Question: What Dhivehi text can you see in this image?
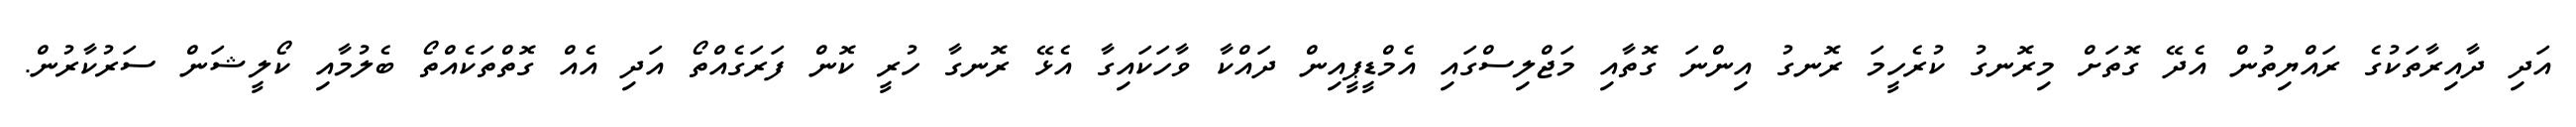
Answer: އަދި ދާއިރާތަކުގެ ރައްޔިތުން އެދޭ ގޮތަށް މިރޮނގު ކުރެހީމަ ރޮނގު އިންނަ ގޮތާއި މަޖްލިސްގައި އެމްޑީޕީއިން ދައްކާ ވާހަކައިގާ އެޅޭ ރޮނގާ ހުރީ ކޮން ފަރަގެއްތޯ އަދި އެއް ގޮތްތަކެއްތޯ ބެލުމާއި ކޯލީޝަން ސަރުކާރުން.